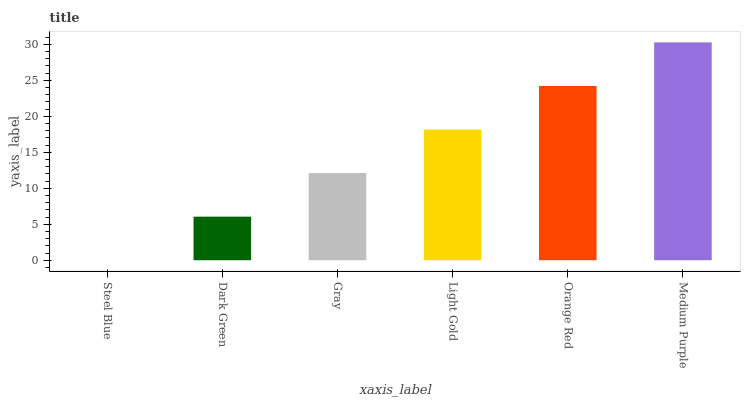
| xaxis_label | bars |
 | --- | --- |
 | Steel Blue | 0 |
 | Dark Green | 6.05 |
 | Gray | 12.1 |
 | Light Gold | 18.2 |
 | Orange Red | 24.2 |
 | Medium Purple | 30.3 |